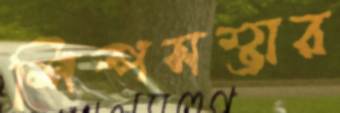
শিল্পসম্ভার